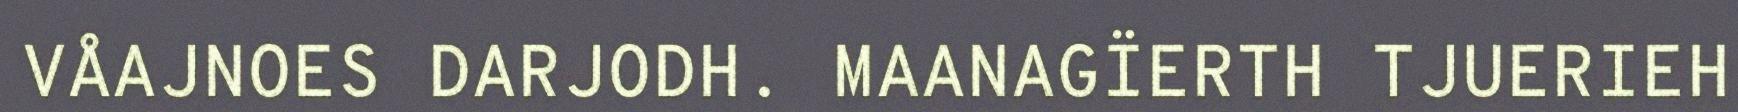
VÅAJNOES DARJODH. MAANAGÏERTH TJUERIEH